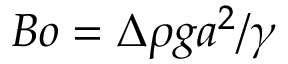
B o = { \Delta \rho g a ^ { 2 } } / { \gamma }